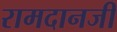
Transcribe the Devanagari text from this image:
रामदानजी